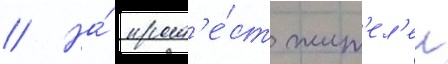
// На́ прот'е́ст жит'ел'еи